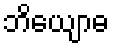
ဘိယျောဓ